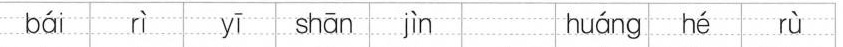
bái rì yī shān jìn huáng hé rù